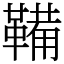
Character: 鞴